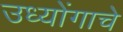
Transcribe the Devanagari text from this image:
उध्योंगाचे